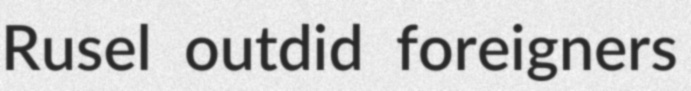
Rusel outdid foreigners